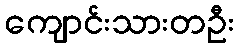
ကျောင်းသားတဦး